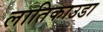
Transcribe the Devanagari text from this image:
लातिकाउडा